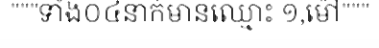
"""ទាំង០៤នាក់មានឈ្មោះ ១,ម៉ៅ"""